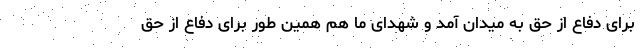
برای دفاع از حق به میدان آمد و شهدای ما هم همین طور برای دفاع از حق